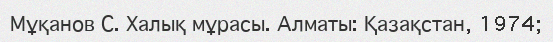
Мұқанов С. Халық мұрасы. Алматы: Қазақстан, 1974;